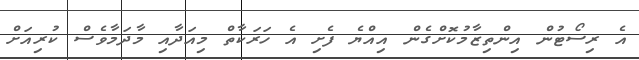
އެ ރިސޯޓުން އިންތިޒާމުކޮށްގެން އިއްޔެ ފެށި އެ ހަރަކާތް މިއަދާއި މާދަމާވެސް ކުރިއަށް